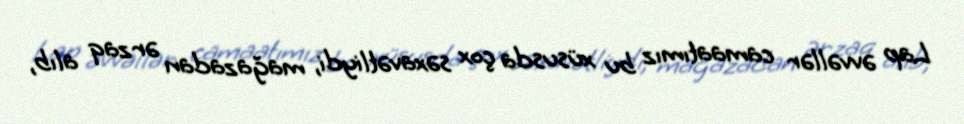
Lap əvvəllər camaatımız bu xüsusda çox səxavətliydi, mağazadan ərzaq alıb,